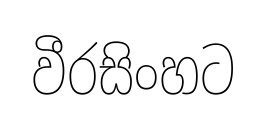
වීරසිංහට